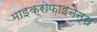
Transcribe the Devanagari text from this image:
माइक्रोफ़ाइनैन्स